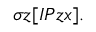
\sigma z [ I P z x ] .